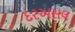
દરઅસલ